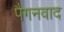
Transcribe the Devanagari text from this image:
पैगनवाद